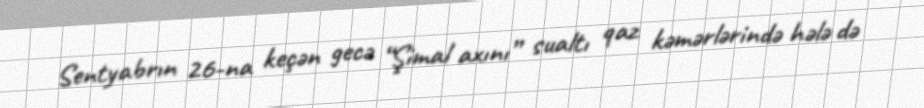
Sentyabrın 26-na keçən gecə “Şimal axını” sualtı qaz kəmərlərində hələ də